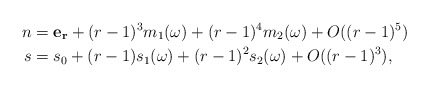
\begin{align*}n &=\mathbf{e_r} + (r-1)^ 3 m_1(\omega) + (r-1)^4m_2(\omega) + O((r-1)^5)\\s&=s_0+(r-1)s_1(\omega)+(r-1)^2s_2(\omega)+O((r-1)^3),\end{align*}